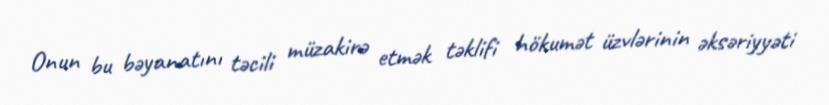
Onun bu bəyanatını təcili müzakirə etmək təklifi hökumət üzvlərinin əksəriyyəti